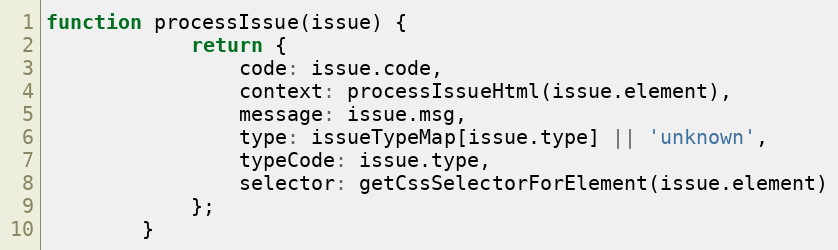
Language: JavaScript
function processIssue(issue) {
			return {
				code: issue.code,
				context: processIssueHtml(issue.element),
				message: issue.msg,
				type: issueTypeMap[issue.type] || 'unknown',
				typeCode: issue.type,
				selector: getCssSelectorForElement(issue.element)
			};
		}